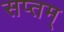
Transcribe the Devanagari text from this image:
सप्तम्‌